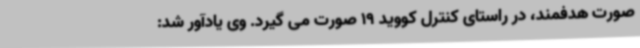
صورت هدفمند، در راستای کنترل کووید 19 صورت می گیرد. وی یادآور شد: